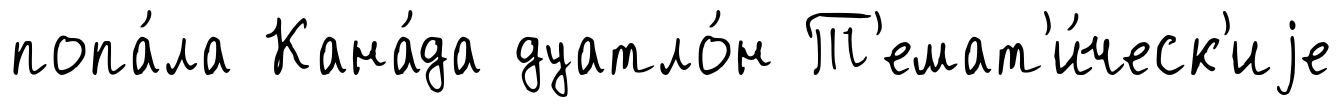
попа́ла Кана́да дуатло́н Т'емат'и́ческ'иjе